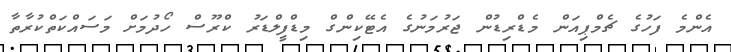
އެންމެ ފަހުގެ ޗެމްޕިއަން މެޑްރިޑުން ޖަރުމަނުގެ އެޓޭކިންގް މިޑްފީލްޑަރު ކްރޫސް ހޯދުމަށް މަސައްކަތްކުރާތާ